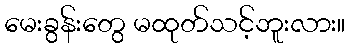
မေးခွန်းတွေ မထုတ်သင့်ဘူးလား။